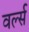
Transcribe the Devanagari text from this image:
वर्ल्स